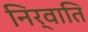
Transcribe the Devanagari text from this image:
निर्वाति